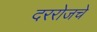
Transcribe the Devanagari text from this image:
दररोजचे